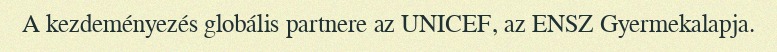
A kezdeményezés globális partnere az UNICEF, az ENSZ Gyermekalapja.